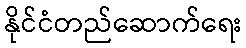
နိုင်ငံတည်ဆောက်ရေး